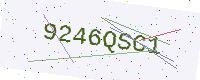
Text: 9246QSC1